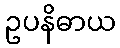
ဥပနိဓာယ